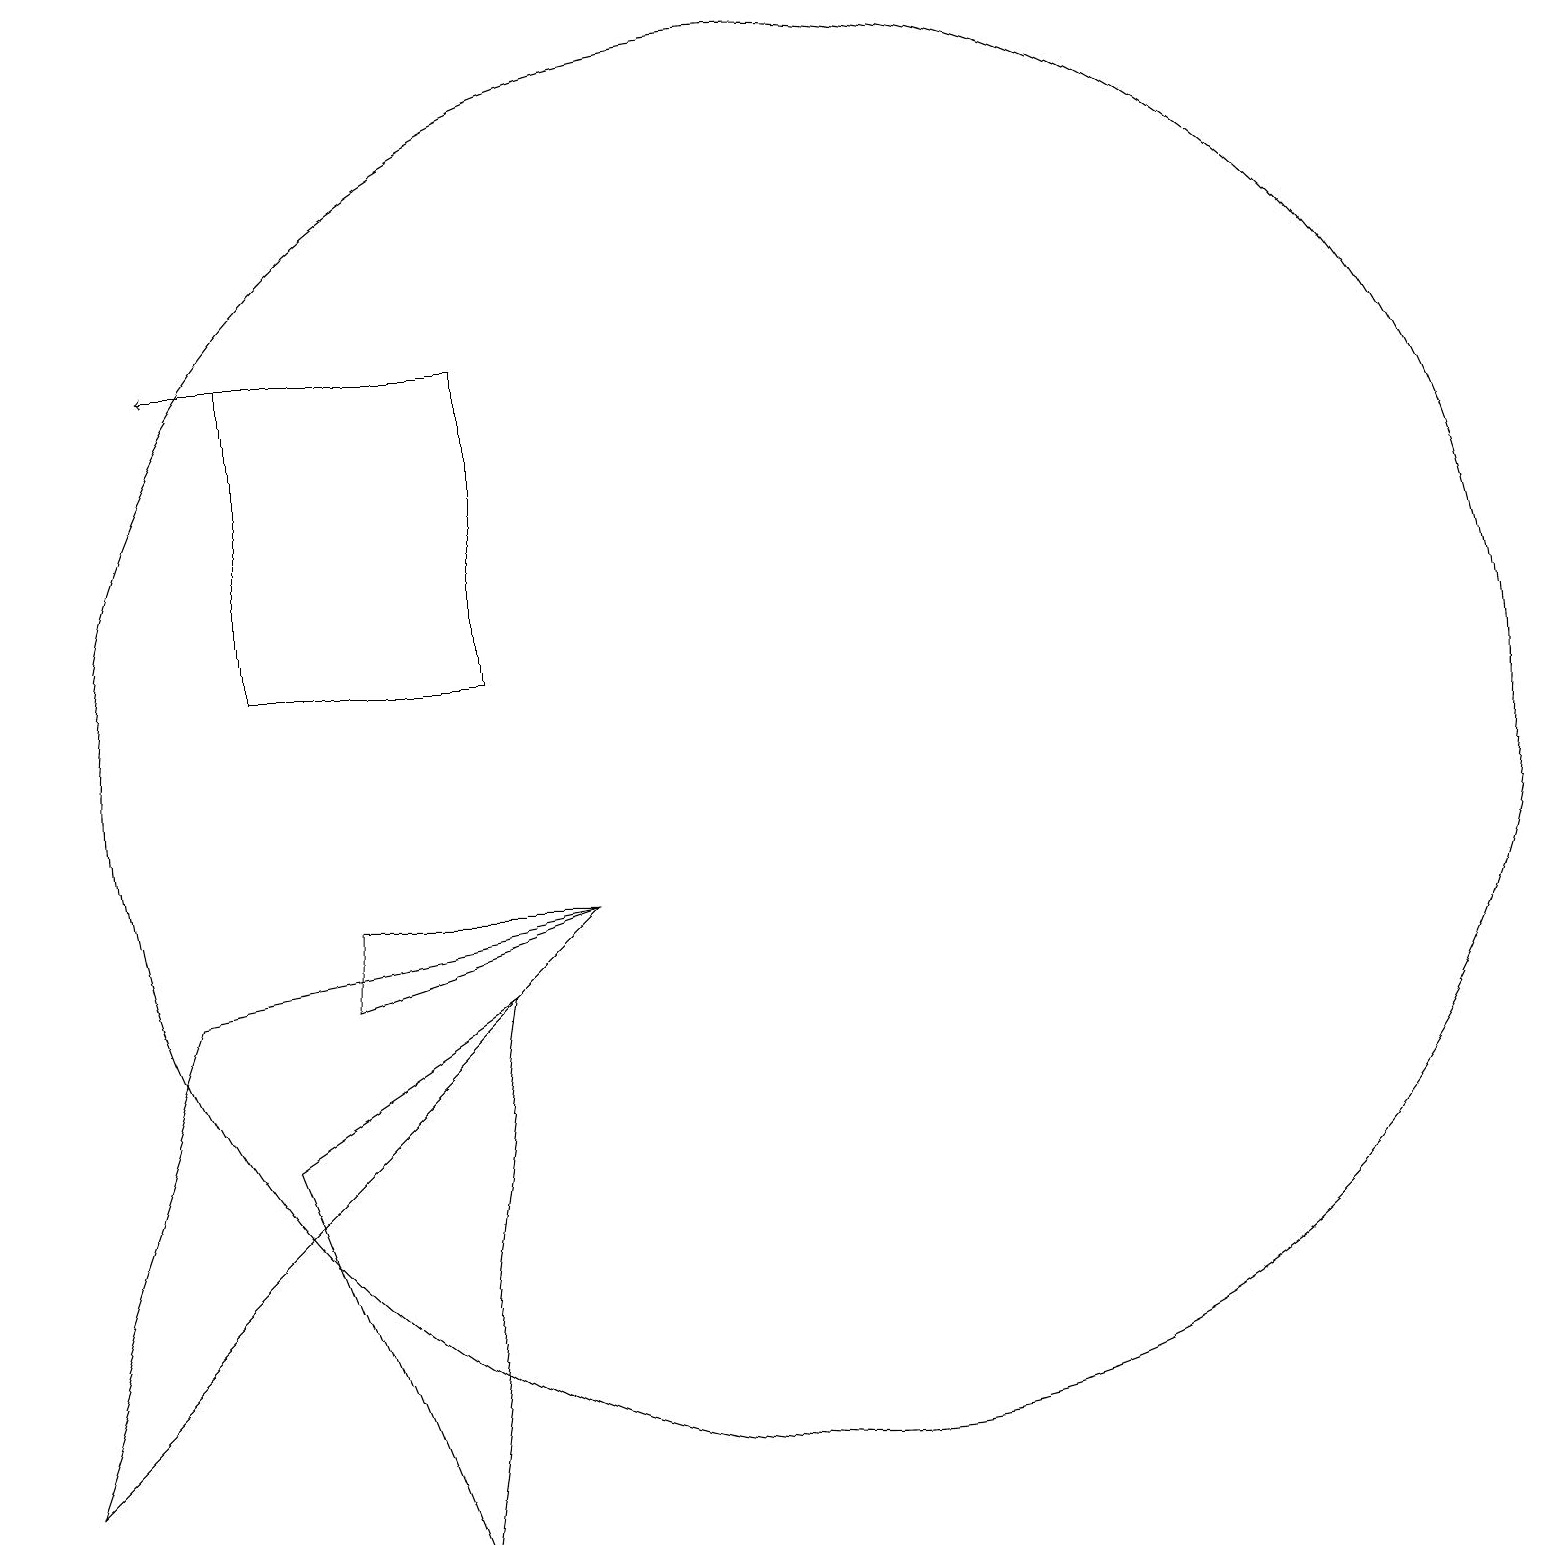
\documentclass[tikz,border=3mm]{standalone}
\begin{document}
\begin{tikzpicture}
\draw (2,8) -- (7,9) -- (0,2) -- cycle;
\draw (10,11) circle (9);
\draw[->] (3,16) -- (2,16);
\draw (7,9) -- (4,9) -- (4,8) -- cycle;
\draw (6,12) rectangle (3,16);
\draw (3,6) -- (6,8) -- (5,1) -- cycle;
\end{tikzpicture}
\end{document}